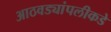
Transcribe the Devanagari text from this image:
आठवड्यांपलीकडे